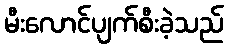
မီးလောင်ပျက်စီးခဲ့သည်